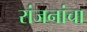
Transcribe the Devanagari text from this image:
रांजनांचा